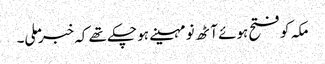
مکہ کو فتح ہوئے آٹھ نو مہینے ہو چکے تھے کہ خبر ملی۔